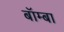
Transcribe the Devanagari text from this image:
बॉम्बा